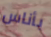
بأناس